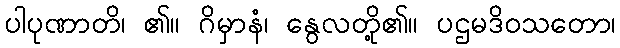
ပါပုဏာတိ၊ ၏။ ဂိမှာနံ၊ နွေလတို့၏။ ပဌမဒိဝသတော၊